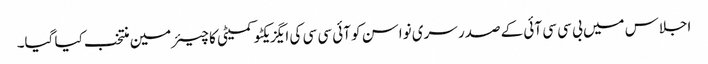
اجلاس میں بی سی سی آئی کے صدر سری نواسن کو آئی سی سی کی ایگزیکٹو کمیٹی کا چیئرمین منتخب کیا گیا۔